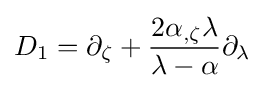
D_{1}=\partial _{\zeta }+{\frac {2\alpha _{,\zeta }\lambda }{\lambda -\alpha }}\partial _{\lambda }